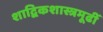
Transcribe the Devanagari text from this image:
शाद्विकशास्त्रमूढीं